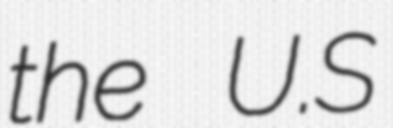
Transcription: the U.S